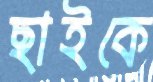
ছাইকে